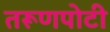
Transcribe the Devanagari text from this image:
तरूणपोटी